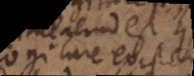
cogitare exis